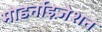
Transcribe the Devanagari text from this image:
मोडर्नाइज़ेशन